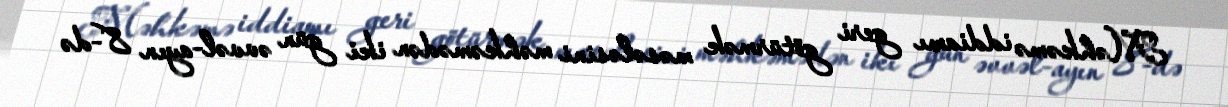
Məhkəmə iddiamı geri götürmək məsələsini məhkəmədən iki gün əvvəl-ayın 8-də